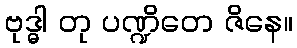
ဗုဒ္ဓါ တု ပဏ္ဍိတေ ဇိနေ။